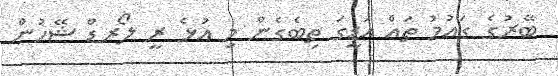
ބޭރުގެ ގައުމު ތައް އަޑީގަ ތިބެގެން މި އުޅެ ރީ ލޯރޑް ޝޭހުން